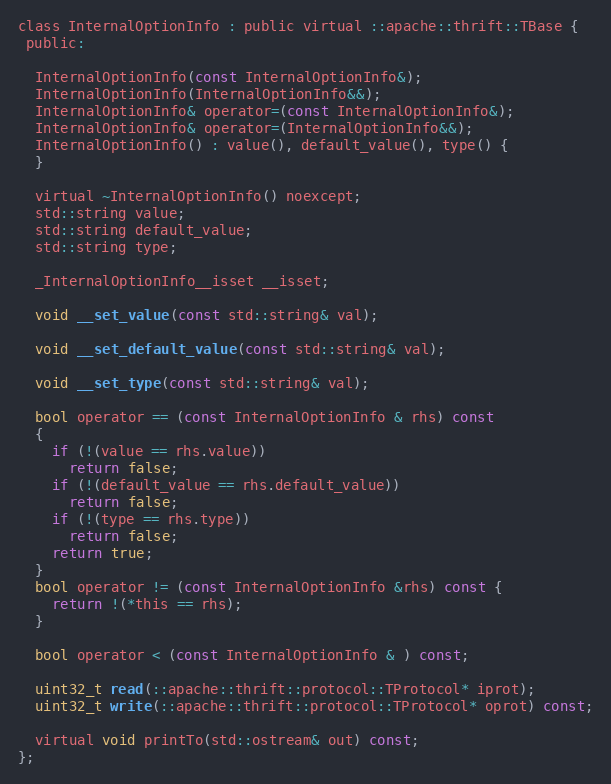
Language: C
class InternalOptionInfo : public virtual ::apache::thrift::TBase {
 public:

  InternalOptionInfo(const InternalOptionInfo&);
  InternalOptionInfo(InternalOptionInfo&&);
  InternalOptionInfo& operator=(const InternalOptionInfo&);
  InternalOptionInfo& operator=(InternalOptionInfo&&);
  InternalOptionInfo() : value(), default_value(), type() {
  }

  virtual ~InternalOptionInfo() noexcept;
  std::string value;
  std::string default_value;
  std::string type;

  _InternalOptionInfo__isset __isset;

  void __set_value(const std::string& val);

  void __set_default_value(const std::string& val);

  void __set_type(const std::string& val);

  bool operator == (const InternalOptionInfo & rhs) const
  {
    if (!(value == rhs.value))
      return false;
    if (!(default_value == rhs.default_value))
      return false;
    if (!(type == rhs.type))
      return false;
    return true;
  }
  bool operator != (const InternalOptionInfo &rhs) const {
    return !(*this == rhs);
  }

  bool operator < (const InternalOptionInfo & ) const;

  uint32_t read(::apache::thrift::protocol::TProtocol* iprot);
  uint32_t write(::apache::thrift::protocol::TProtocol* oprot) const;

  virtual void printTo(std::ostream& out) const;
};